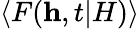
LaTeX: \langle F(\textbf{h},t|H)\rangle